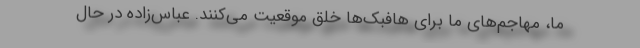
ما، مهاجم‌های ما برای هافبک‌ها خلق موقعیت می‌کنند. عباس‌زاده در حال